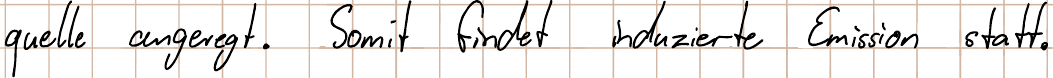
quelle angeregt. Somit findet induzierte Emission statt.